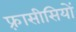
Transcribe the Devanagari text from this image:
फ़्रासीसियों